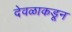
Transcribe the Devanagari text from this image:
देवळाकडून